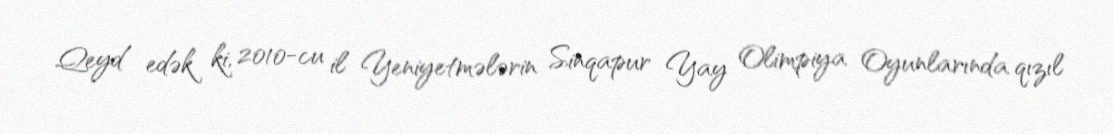
Qeyd edək ki, 2010-cu il Yeniyetmələrin Sinqapur Yay Olimpiya Oyunlarında qızıl